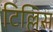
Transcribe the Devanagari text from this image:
टिल्लिस